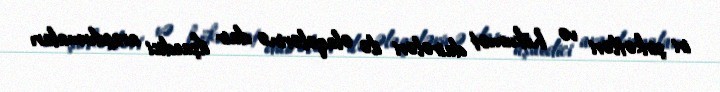
iri şirkətləri və hökumət dairələri ilə əlaqələrinə dair ifşaedici araşdırmaları